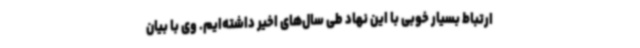
ارتباط بسیار خوبی با این نهاد طی سال‌های اخیر داشته‌ایم. وی با بیان